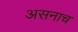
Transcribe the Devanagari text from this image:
असनाच